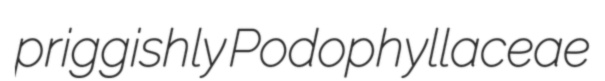
priggishly Podophyllaceae